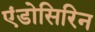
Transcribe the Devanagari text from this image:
एंडोसिरिन